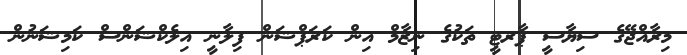
މިރާއްޖޭގެ ސިޔާސީ ޕާރޓީ ތަކުގެ ނިޒާމް އިން ކަރަޕްޝަން ފިލާނީ އިލެކްޝަންސް ކަމިޝަނުން